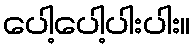
ပေါ့ပေါ့ပါးပါး။